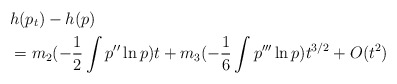
\begin{align*}&h(p_t)-h(p)\\&=m_2(-\frac1{2}\int p''\ln p)t+m_3(-\frac1{6}\int p'''\ln p)t^{3/2}+O(t^2)\end{align*}